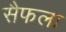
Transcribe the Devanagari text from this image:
सैफला